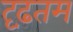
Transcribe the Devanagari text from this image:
दृढ़तम